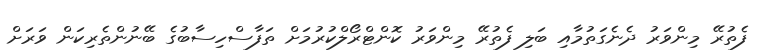
ފެތުރޭ މިންވަރު ދެނެގަތުމާއި ބަލި ފެތުރޭ މިންވަރު ކޮންޓްރޯލްކުރުމަށް ތަފާސްހިސާބުގެ ބޭނުންތެރިކަން ވަރަށް